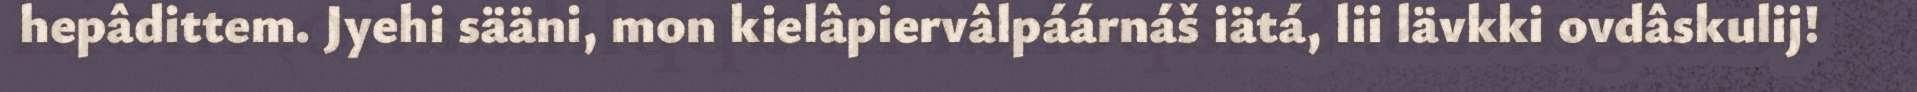
hepâdittem. Jyehi sääni, mon kielâpiervâlpáárnáš iätá, lii lävkki ovdâskulij!